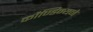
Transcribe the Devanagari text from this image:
कौण्डिन्यने